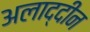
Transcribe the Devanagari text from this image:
अलाद्दीन